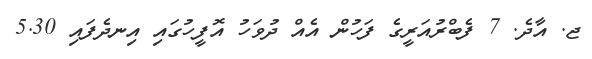
ޖ. އާދެ. 7 ފެބްރުއަރީގެ ފަހުން އެއް ދުވަހު އޮފީހުގައި އިނދެފައި 5.30